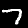
Label: 7